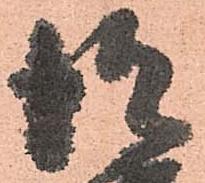
彼